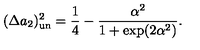
( \Delta a _ { 2 } ) _ { \mathrm { u n } } ^ { 2 } = \frac { 1 } { 4 } - \frac { \alpha ^ { 2 } } { 1 + \exp ( 2 \alpha ^ { 2 } ) } .